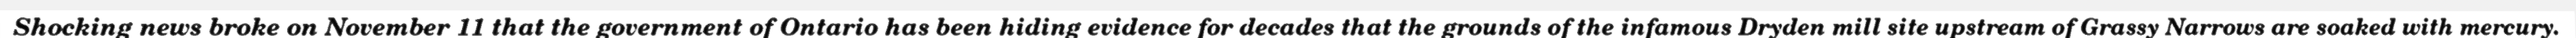
Shocking news broke on November 11 that the government of Ontario has been hiding evidence for decades that the grounds of the infamous Dryden mill site upstream of Grassy Narrows are soaked with mercury.